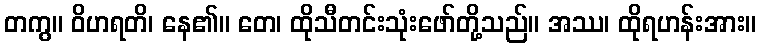
တကွ။ ဝိဟရတိ၊ နေ၏။ တေ၊ ထိုသီတင်းသုံးဖော်တို့သည်။ အဿ၊ ထိုရဟန်းအား။